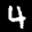
Label: 4